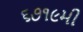
૬૭૧૯મી